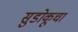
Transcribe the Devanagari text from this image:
सुडोकूचा